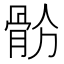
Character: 𩨧